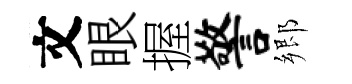
文眼握警郷